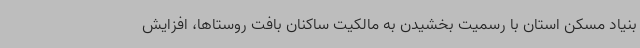
بنیاد مسکن استان با رسمیت بخشیدن به مالکیت ساکنان بافت روستاها، افزایش